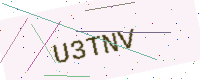
Text: U3TNV